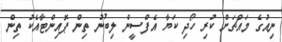
ނިއުގެ މައްޗަށް ކުރި ހޯދި ކަޔާ އެފްސީން ލިބުނު ތިން ޕޮއިންޓާއެކު ތިން